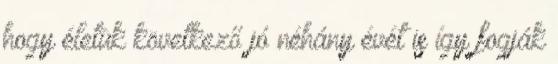
hogy életük következő jó néhány évét is így fogják